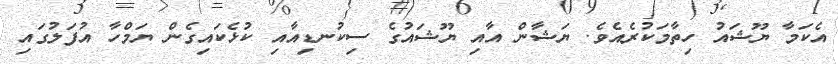
އެކަމާ ޔޫޝައު ހިތާމަކުރެއެވެ. ޔަޝާން އާއި ޔޫޝައުގެ ސިކުނޑިއާއި ކުޅެކައިގެން ޔަމްހާ އުފަލުގައި